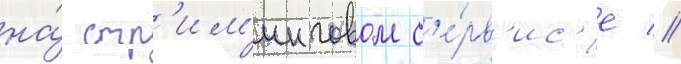
на́ стр'им'инговом с'е́рв'ис'е //